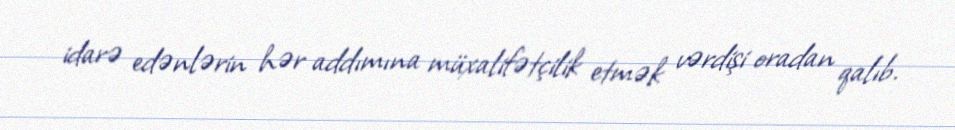
idarə edənlərin hər addımına müxalifətçilik etmək vərdişi oradan qalıb.